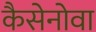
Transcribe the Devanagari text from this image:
कैसेनोवा